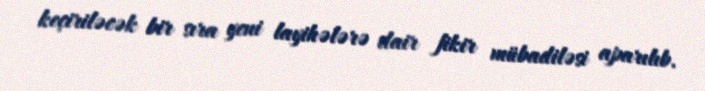
keçiriləcək bir sıra yeni layihələrə dair fikir mübadiləsi aparılıb.